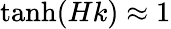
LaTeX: \operatorname{tanh}(Hk)\approx 1